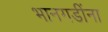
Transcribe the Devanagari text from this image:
भानगडींना